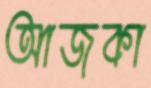
আজকা